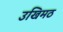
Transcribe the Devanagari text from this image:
उखिमठ